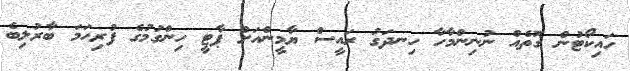
ހައިކޯޓުން ގޮތެއް ނުނިންމާހާ ހިނދަގު ރައީސް ޔާމީންއަށް ޕާޓީ ހިންގުމުގެ ފުރިހަމަ ބާރުލިބެ